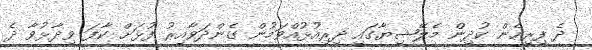
ދެ ފިރިހެން ކުދިން މެލޭޝިޔާގައި ދިރިއުޅުއްވަމުން ގެންދަވާއިރު ފުޅަށް ކާފަ ވިދާޅުވާ ދެ